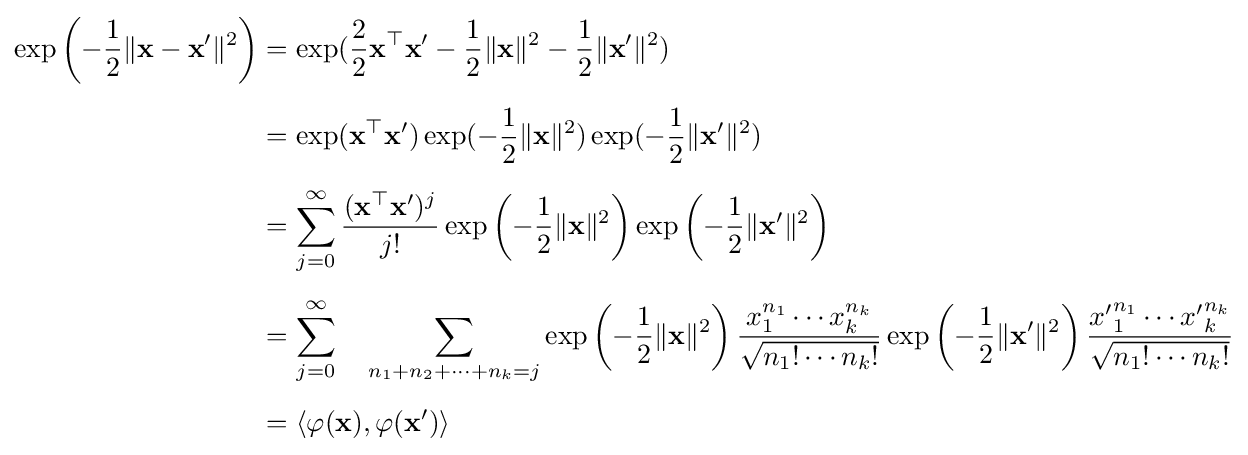
{\begin{alignedat}{2}\exp \left(-{\frac {1}{2}}\|\mathbf {x} -\mathbf {x'} \|^{2}\right)&=\exp({\frac {2}{2}}\mathbf {x} ^{\top }\mathbf {x'} -{\frac {1}{2}}\|\mathbf {x} \|^{2}-{\frac {1}{2}}\|\mathbf {x'} \|^{2})\\[5pt]&=\exp(\mathbf {x} ^{\top }\mathbf {x'} )\exp(-{\frac {1}{2}}\|\mathbf {x} \|^{2})\exp(-{\frac {1}{2}}\|\mathbf {x'} \|^{2})\\[5pt]&=\sum _{j=0}^{\infty }{\frac {(\mathbf {x} ^{\top }\mathbf {x'} )^{j}}{j!}}\exp \left(-{\frac {1}{2}}\|\mathbf {x} \|^{2}\right)\exp \left(-{\frac {1}{2}}\|\mathbf {x'} \|^{2}\right)\\[5pt]&=\sum _{j=0}^{\infty }\quad \sum _{n_{1}+n_{2}+\dots +n_{k}=j}\exp \left(-{\frac {1}{2}}\|\mathbf {x} \|^{2}\right){\frac {x_{1}^{n_{1}}\cdots x_{k}^{n_{k}}}{\sqrt {n_{1}!\cdots n_{k}!}}}\exp \left(-{\frac {1}{2}}\|\mathbf {x'} \|^{2}\right){\frac {{x'}_{1}^{n_{1}}\cdots {x'}_{k}^{n_{k}}}{\sqrt {n_{1}!\cdots n_{k}!}}}\\[5pt]&=\langle \varphi (\mathbf {x} ),\varphi (\mathbf {x'} )\rangle \end{alignedat}}